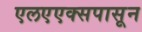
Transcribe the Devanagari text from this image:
एलएएक्सपासून